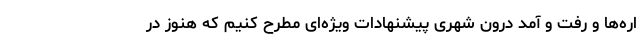
اره‌ها و رفت و آمد درون شهری پیشنهادات ویژه‌ای مطرح کنیم که هنوز در